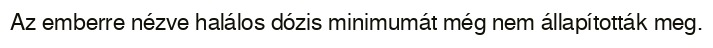
Az emberre nézve halálos dózis minimumát még nem állapították meg.